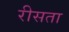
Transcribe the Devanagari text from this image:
रीसता